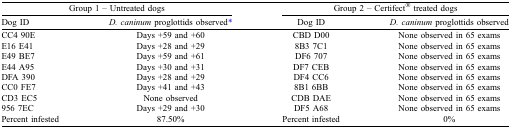
| <COLSPAN=2> Group 1 – Untreated dogs | <COLSPAN=2> Group 2 – Certifect® treated dogs |
 | Dog ID | D. caninum proglottids observed* | Dog ID | D. caninum proglottids observed |
 | --- | --- | --- | --- |
 | CC4 90E | Days +59 and +60 | CBD D00 | None observed in 65 exams |
 | E16 E41 | Days +28 and +29 | 8B3 7C1 | None observed in 65 exams |
 | E49 BE7 | Days +59 and +61 | DF6 707 | None observed in 65 exams |
 | E44 A95 | Days +30 and +31 | DF7 CEB | None observed in 65 exams |
 | DFA 390 | Days +28 and +29 | DF4 CC6 | None observed in 65 exams |
 | CC0 FE7 | Days +41 and +43 | 8B1 6BB | None observed in 65 exams |
 | CD3 EC5 | None observed | CDB DAE | None observed in 65 exams |
 | 956 7EC | Days +29 and +30 | DF5 A68 | None observed in 65 exams |
 | Percent infested | 87.50% | Percent infested | 0% |